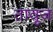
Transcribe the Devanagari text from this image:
तावूज